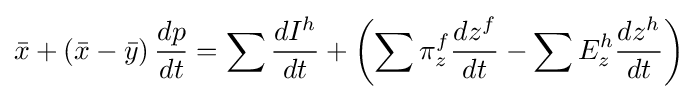
{\bar {x}}+\left({\bar {x}}-{\bar {y}}\right){\frac {dp}{dt}}=\sum {\frac {dI^{h}}{dt}}+\left(\sum \pi _{z}^{f}{\frac {dz^{f}}{dt}}-\sum E_{z}^{h}{\frac {dz^{h}}{dt}}\right)